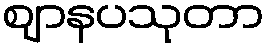
ဈာနပသုတာ